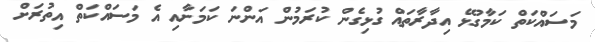
މަސައްކަތް ކަމާގުޅޭ އިދާރާތައް ގުޅިގެން ކުރަމުން އަންނަ ކަމަށާއި އެ މަސައްކަތް އިތުރަށް